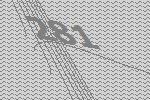
281